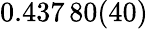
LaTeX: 0.437\, 80(40)